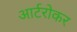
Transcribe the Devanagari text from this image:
आर्टरोकर